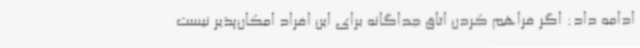
ادامه داد: اگر فراهم کردن اتاق جداگانه برای این افراد امکان‌پذیر نیست